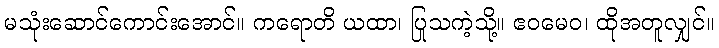
မသုံးဆောင်ကောင်းအောင်။ ကရောတိ ယထာ၊ ပြုသကဲ့သို့။ ဧဝမေဝ၊ ထိုအတူလျှင်။